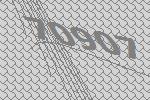
70907